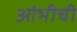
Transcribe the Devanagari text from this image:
आंभीची